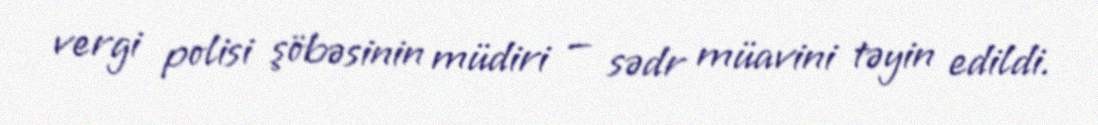
vergi polisi şöbəsinin müdiri — sədr müavini təyin edildi.